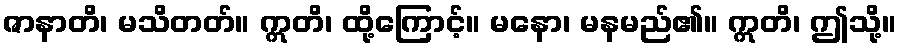
ဇာနာတိ၊ မသိတတ်။ ဣတိ၊ ထို့ကြောင့်။ မနော၊ မနမည်၏။ ဣတိ၊ ဤသို့။